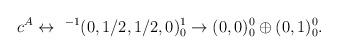
LaTeX: \begin{align*}c^A \leftrightarrow\ ^{-1}(0,1/2,1/2,0)^1_0 \rightarrow (0,0)_0^{0} \oplus (0,1)_0^{0} .\end{align*}